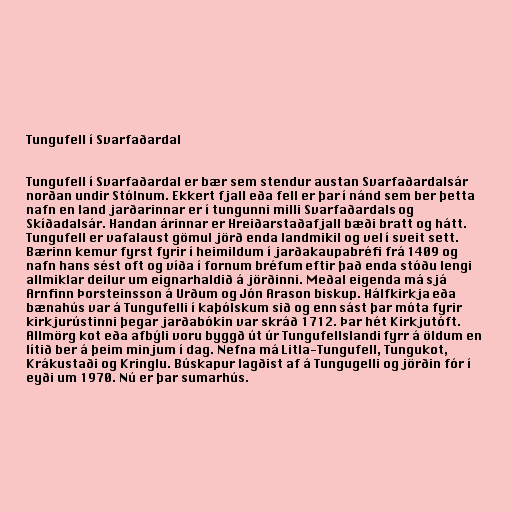
Tungufell í Svarfaðardal

Tungufell í Svarfaðardal er bær sem stendur austan Svarfaðardalsár
norðan undir Stólnum. Ekkert fjall eða fell er þar í nánd sem ber þetta
nafn en land jarðarinnar er í tungunni milli Svarfaðardals og
Skíðadalsár. Handan árinnar er Hreiðarstaðafjall bæði bratt og hátt.
Tungufell er vafalaust gömul jörð enda landmikil og vel í sveit sett.
Bærinn kemur fyrst fyrir í heimildum í jarðakaupabréfi frá 1409 og
nafn hans sést oft og víða í fornum bréfum eftir það enda stóðu lengi
allmiklar deilur um eignarhaldið á jörðinni. Meðal eigenda má sjá
Arnfinn Þorsteinsson á Urðum og Jón Arason biskup. Hálfkirkja eða
bænahús var á Tungufelli í kaþólskum sið og enn sást þar móta fyrir
kirkjurústinni þegar jarðabókin var skráð 1712. Þar hét Kirkjutóft.
Allmörg kot eða afbýli voru byggð út úr Tungufellslandi fyrr á öldum en
lítið ber á þeim minjum í dag. Nefna má Litla-Tungufell, Tungukot,
Krákustaði og Kringlu. Búskapur lagðist af á Tungugelli og jörðin fór í
eyði um 1970. Nú er þar sumarhús.